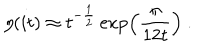
\eta ( i t ) \approx t ^ { - \frac { 1 } { 2 } } \exp \left( \frac { \pi } { 1 2 t } \right) ~ .